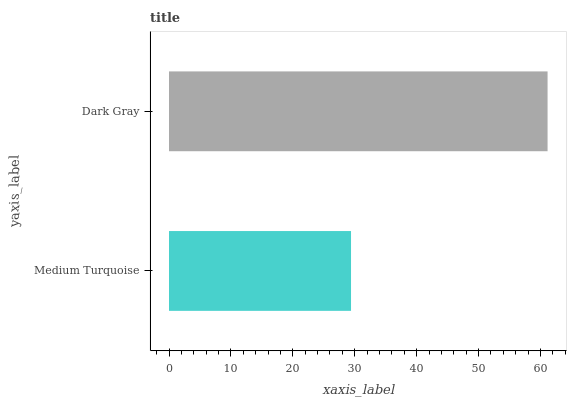
| yaxis_label | bars |
 | --- | --- |
 | Medium Turquoise | 29.4 |
 | Dark Gray | 61.1 |